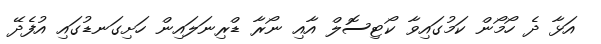
އަޅާ ދެ ހޯމޯން ކަމުގައިވާ ކޯޓިސޮލް އާއި ނޯރާ ޑްރިނަލައިން ހަށިގަނޑުގައި އުފެދޭ